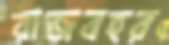
রাজবহর